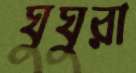
ঘুঘুরা